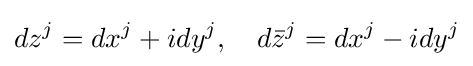
dz^{j}=dx^{j}+idy^{j},\quad d{\bar {z}}^{j}=dx^{j}-idy^{j}